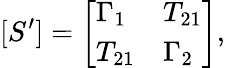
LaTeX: [S^{\prime}]=\left[\begin{array}{ll}{\Gamma_{1}}&{T_{21}}\\ {T_{21}}&{\Gamma_{2}}\end{array}\right],